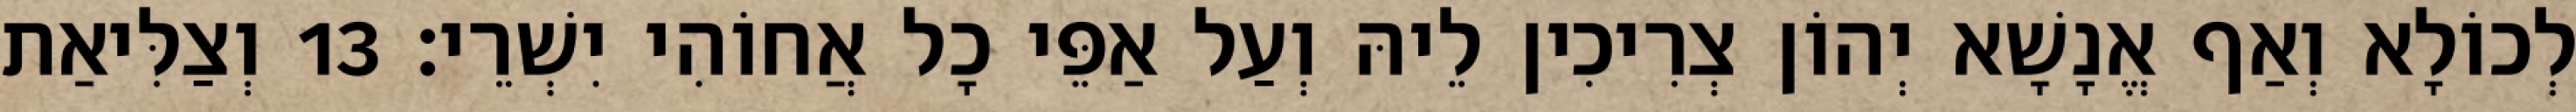
לְכוֹלָא וְאַף אֱנָשָׁא יְהוֹן צְרִיכִין לֵיהּ וְעַל אַפֵּי כָל אֲחוֹהִי יִשְׁרֵי׃ 13 וְצַלִּיאַת